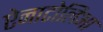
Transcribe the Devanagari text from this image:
ऐनाटोलिआ